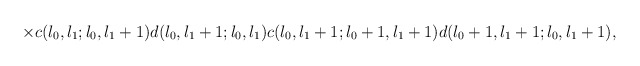
\begin{align*}\times c(l_{0},l_{1};l_{0},l_{1}+1) d(l_{0},l_{1}+1;l_{0},l_{1})c(l_{0},l_{1}+1;l_{0}+1,l_{1}+1) d(l_{0}+1,l_{1}+1;l_{0},l_{1}+1),\end{align*}